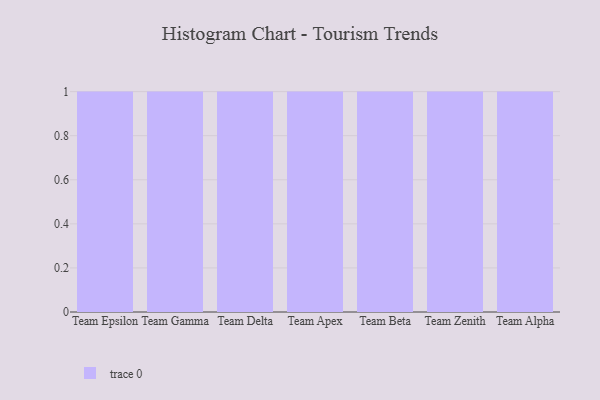
{"axis": {"x": "Team", "y": "Customer Acquisition Cost (USD)"}, "legend": [""], "data": [{"x": "Team Epsilon", "y": 91, "type": ""}, {"x": "Team Gamma", "y": 2, "type": ""}, {"x": "Team Delta", "y": 21, "type": ""}, {"x": "Team Apex", "y": 20, "type": ""}, {"x": "Team Beta", "y": 72, "type": ""}, {"x": "Team Zenith", "y": 16, "type": ""}, {"x": "Team Alpha", "y": 3, "type": ""}]}